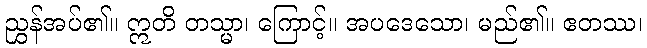
ညွှန်အပ်၏။ ဣတိ တသ္မာ၊ ကြောင့်။ အပဒေသော၊ မည်၏။ ဧတဿ၊